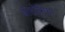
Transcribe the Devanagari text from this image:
बोहोमिया